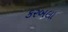
કરબલા